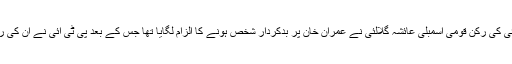
واضح رہے کہ پی ٹی آئی کی رکن قومی اسمبلی عائشہ گلالئی نے عمران خان پر بدکردار شخص ہونے کا الزام لگایا تھا جس کے بعد پی ٹی آئی نے ان کی رکنیت معطل کردی ہے۔